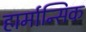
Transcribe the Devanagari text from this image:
हार्मान्सिक